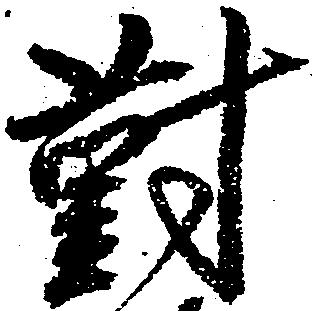
対